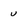
Character: u